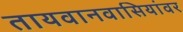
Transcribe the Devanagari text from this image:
तायवानवासियांवर